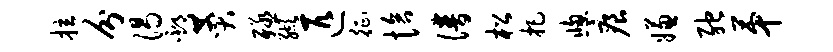
拉分渴邳赞殛缬匹征恰谱松把窗痕嫌弛第